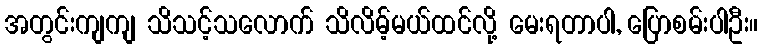
အတွင်းကျကျ သိသင့်သလောက် သိလိမ့်မယ်ထင်လို့ မေးရတာပါ, ပြောစမ်းပါဦး။